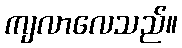
ကျလာလေသည်။